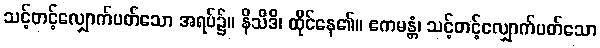
သင့်တင့်လျှောက်ပတ်သော အရပ်၌။ နိသီဒိ၊ ထိုင်နေ၏။ ဧကမန္တံ၊ သင့်တင့်လျှောက်ပတ်သော